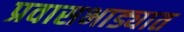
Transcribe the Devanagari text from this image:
प्रवासभाड्यात